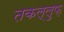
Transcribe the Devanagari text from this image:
तकल्लुफ़